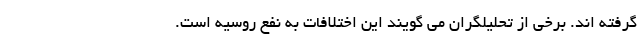
گرفته اند. برخی از تحلیلگران می گویند این اختلافات به نفع روسیه است.